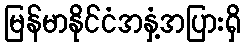
မြန်မာနိုင်ငံအနှံ့အပြားရှိ